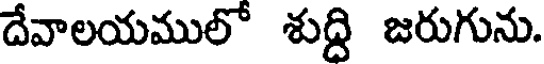
దేవాలయములో శుద్ది జరుగును.